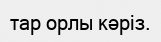
тар орлы кәріз.